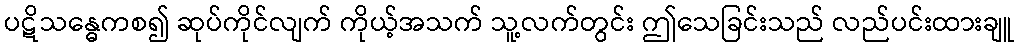
ပဋိသန္ဓေကစ၍ ဆုပ်ကိုင်လျက် ကိုယ့်အသက် သူ့လက်တွင်း ဤသေခြင်းသည် လည်ပင်းထားချူ